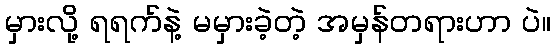
မှားလို့ ရရက်နဲ့ မမှားခဲ့တဲ့ အမှန်တရားဟာ ပဲ။